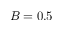
B = 0 . 5